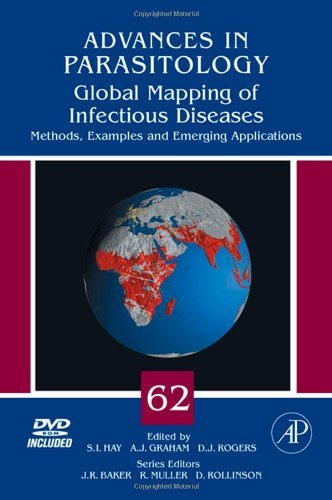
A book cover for Global Mapping of Infectious Diseases: Methods, Examples and Emerging Applications (Advances in Parasitology); Medical Books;